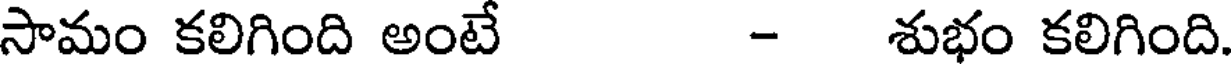
సామం కలిగింది అంటే - శుభం కలిగింది.